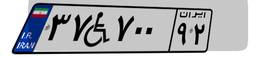
۳۷W۷۰۰۹۲